Report on vaccination proceedings throughout the Government of Bengal -
Year: 1868
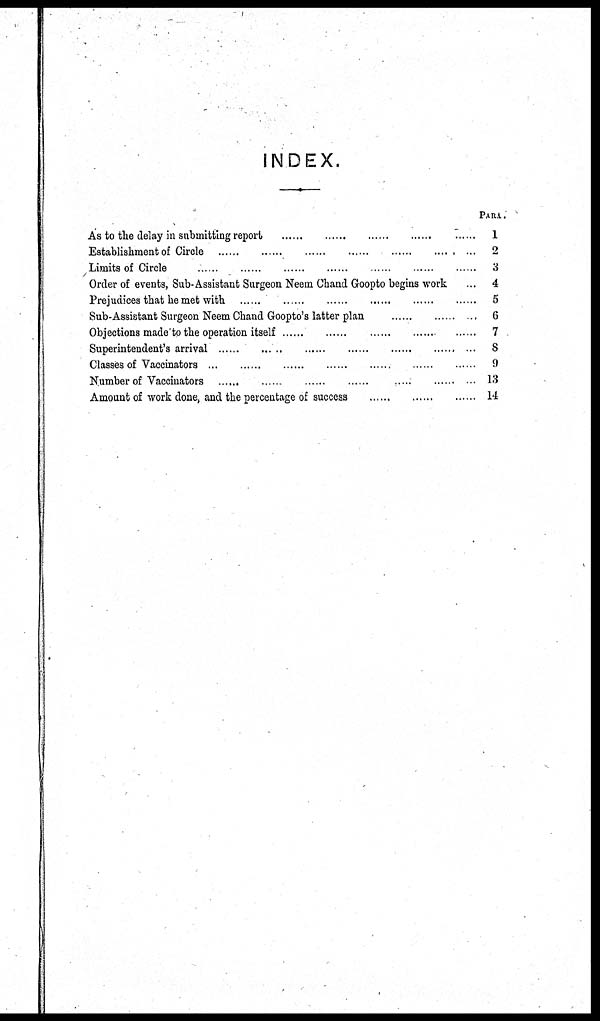
INDEX.
As to the delay in submitting report
......
......
......
......
......
Establishment of Circle
......
......
......
......
......
......
...
Limits of Circle
......
......
......
......
......
......
......
Order of events, Sub-Assistant Surgeon Neem Chand Goopto begins work ...
Prejudices that he met with
......
......
......
......
......
......
Sub-Assistant Surgeon Neem Chand Goopto's latter plan
......
......
...
Objections made to the operation itself
......
......
......
......
......
Superintendent's arrival
......
......
......
......
......
......
...
Classes of Vaccinators
...
......
......
......
......
......
......
Number of Vaccinators
......
......
......
......
......
......
Amount of work done, and the percentage of success ...... ...... ......
PARA.
1
2
3
4
5
6
7
8
9
13
14